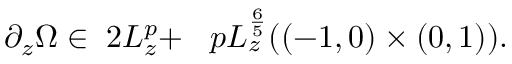
\begin{array} { r } { \partial _ { z } \Omega \in \Lt 2 L _ { z } ^ { p } + \Lt p L _ { z } ^ { \frac 6 5 } ( ( - 1 , 0 ) \times ( 0 , 1 ) ) . } \end{array}